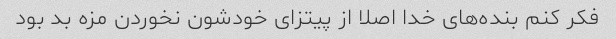
فکر کنم بنده‌های خدا اصلا از پیتزای خودشون نخوردن مزه بد بود